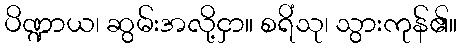
ပိဏ္ဍာယ၊ ဆွမ်းအလို့ငှာ။ စရိံသု၊ သွားကုန်၏။